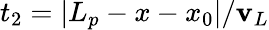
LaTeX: t_{2}=|L_{p}-x-x_{0}|/\mathbf{v}_{L}